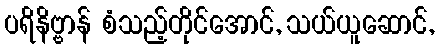
ပရိနိဗ္ဗာန် စံသည့်တိုင်အောင်, သယ်ယူဆောင်,